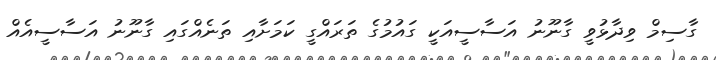
ގާސިމް ވިދާޅުވީ ގާނޫނު އަސާސީއަކީ ގައުމުގެ ތަރައްގީ ކަމަށާއި ތަނެއްގައި ގާނޫނު އަސާސީއެއް